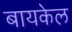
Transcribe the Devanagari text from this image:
बायकेल